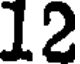
12